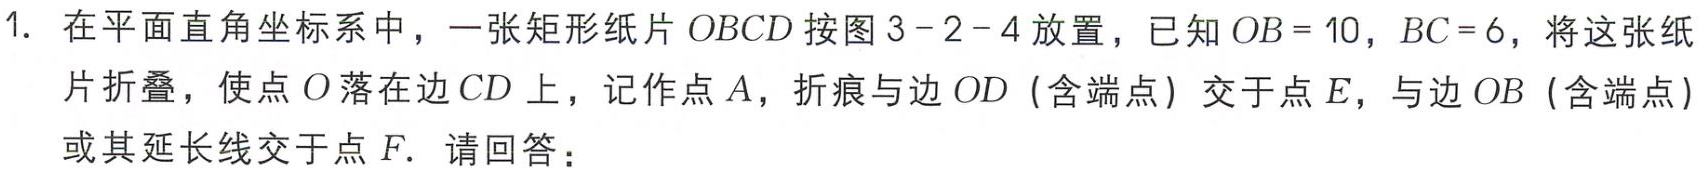
1. 在平面直角坐标系中，一张矩形纸片\(OBCD\)按图\(3 - 2 - 4\)放置，已知\(OB = 10\)，\(BC = 6\)，将这张纸片折叠，使点\(O\)落在边\(CD\)上，记作点\(A\)，折痕与边\(OD\)（含端点）交于点\(E\)，与边\(OB\)（含端点）或其延长线交于点\(F\)。请回答：